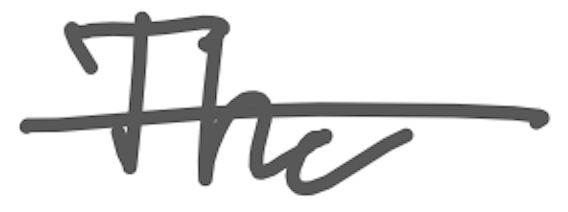
Text: The
Cross-out: single-line
Writing tool: digital_gray